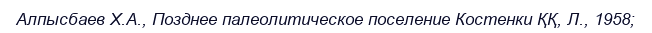
Алпысбаев Х.А., Позднее палеолитическое поселение Костенки ҚҚ, Л., 1958;